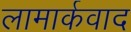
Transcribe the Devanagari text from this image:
लामार्कवाद